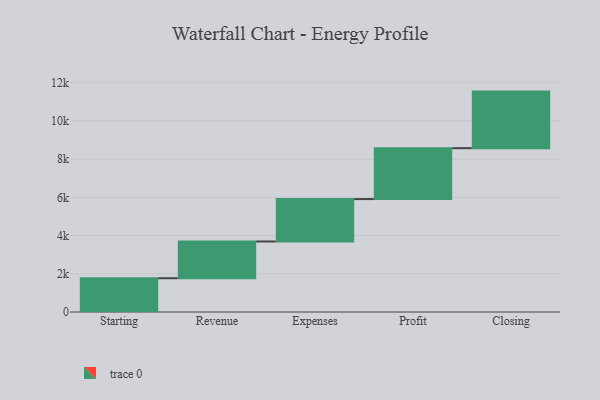
{"axis": {"x": "Step", "y": "Value"}, "legend": [""], "data": [{"x": "Starting", "y": 1768.0, "type": ""}, {"x": "Revenue", "y": 1923.0, "type": ""}, {"x": "Expenses", "y": 2220.0, "type": ""}, {"x": "Profit", "y": 2665.0, "type": ""}, {"x": "Closing", "y": 2962.0, "type": ""}]}